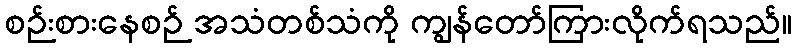
စဉ်းစားနေစဉ် အသံတစ်သံကို ကျွန်တော်ကြားလိုက်ရသည်။